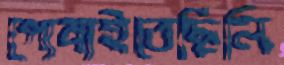
পোষাইতেছিলি